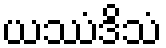
ယဿံဒိသံ